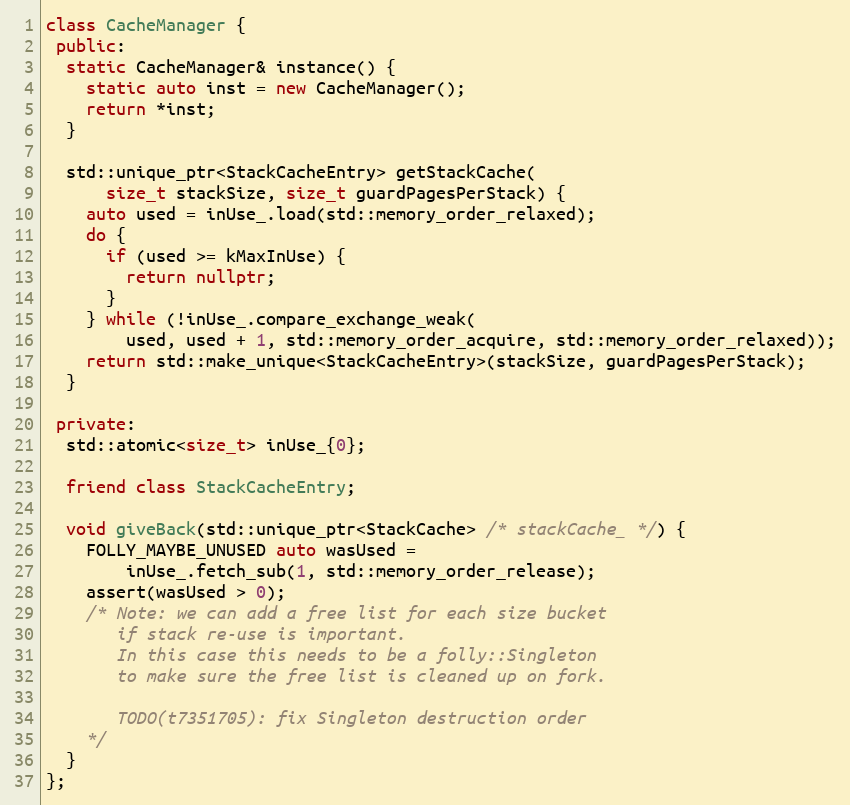
Language: C++
class CacheManager {
 public:
  static CacheManager& instance() {
    static auto inst = new CacheManager();
    return *inst;
  }

  std::unique_ptr<StackCacheEntry> getStackCache(
      size_t stackSize, size_t guardPagesPerStack) {
    auto used = inUse_.load(std::memory_order_relaxed);
    do {
      if (used >= kMaxInUse) {
        return nullptr;
      }
    } while (!inUse_.compare_exchange_weak(
        used, used + 1, std::memory_order_acquire, std::memory_order_relaxed));
    return std::make_unique<StackCacheEntry>(stackSize, guardPagesPerStack);
  }

 private:
  std::atomic<size_t> inUse_{0};

  friend class StackCacheEntry;

  void giveBack(std::unique_ptr<StackCache> /* stackCache_ */) {
    FOLLY_MAYBE_UNUSED auto wasUsed =
        inUse_.fetch_sub(1, std::memory_order_release);
    assert(wasUsed > 0);
    /* Note: we can add a free list for each size bucket
       if stack re-use is important.
       In this case this needs to be a folly::Singleton
       to make sure the free list is cleaned up on fork.

       TODO(t7351705): fix Singleton destruction order
    */
  }
};